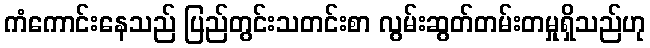
ကံကောင်းနေသည် ပြည်တွင်းသတင်းစာ လွမ်းဆွတ်တမ်းတမှုရှိသည်ဟု